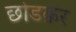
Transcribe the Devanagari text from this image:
छोडक़र